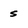
Character: s